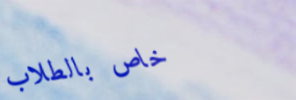
خاص بالطلاب